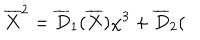
\overline { { { X } } } ^ { 2 } = \overline { { { D } } } _ { 1 } ( \overline { { { X } } } ) \chi ^ { 3 } + \overline { { { D } } } _ { 2 } (